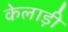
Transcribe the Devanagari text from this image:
केलाड़ी